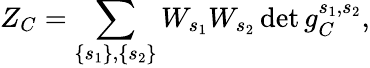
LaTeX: Z_{C}=\sum_{\left\{ s_{1}\right\} ,\left\{ s_{2}\right\} }W_{s_{1}}W_{s_{2}}\operatorname*{det}g_{C}^{s_{1},s_{2}},